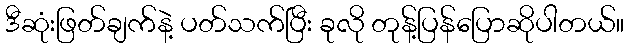
ဒီဆုံးဖြတ်ချက်နဲ့ ပတ်သက်ပြီး ခုလို တုန့်ပြန်ပြောဆိုပါတယ်။